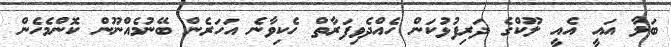
ބަލާ އައީ އެއީ ލޫކްގެ ދަރިފުޅުކަން ހެއްދެވިފަރާތް ހެކިވާނެ އަހަރެން ބޭނުމެއްނޫން ކޮންމެހެން